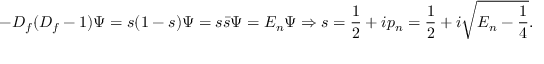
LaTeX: - { \cal D } _ { f } ( { \cal D } _ { f } - 1 ) \Psi = s ( 1 - s ) \Psi = s { \bar { s } } \Psi = E _ { n } \Psi \Rightarrow s = { \frac { 1 } { 2 } } + i p _ { n } = { \frac { 1 } { 2 } } + i \sqrt { E _ { n } - { \frac { 1 } { 4 } } } .